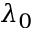
\lambda _ { 0 }